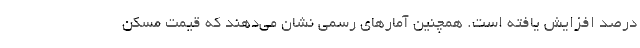
درصد افزایش یافته است. همچنین آمارهای رسمی نشان می‌دهند که قیمت مسکن